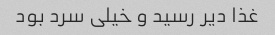
غذا دیر رسید و خیلی سرد بود